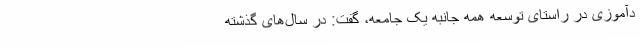
دآموزی در راستای توسعه همه جانبه یک جامعه، گفت: در سال‌های گذشته